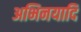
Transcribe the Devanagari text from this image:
अभिनयादि